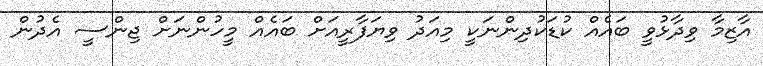
އާޒިމާ ވިދާޅުވީ ބައެއް ކުޑަކުދިންނަކީ މިއަދު ވިޔަފާރީއަށް ބައެއް މީހުންނަށް ޖިންސީ އެދުން